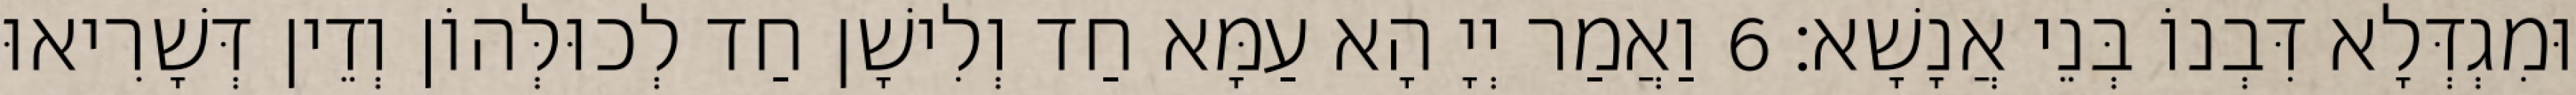
וּמִגְדְּלָא דִּבְנוֹ בְּנֵי אֲנָשָׁא׃ 6 וַאֲמַר יְיָ הָא עַמָּא חַד וְלִישָׁן חַד לְכוּלְּהוֹן וְדֵין דְּשָׁרִיאוּ